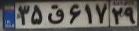
۳۵ق۶۱۷۲۹